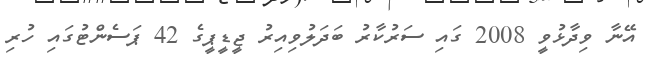
އޭނާ ވިދާޅުވީ 2008 ގައި ސަރުކާރު ބަދަލުވިއިރު ޖީޑީޕީގެ 42 ޕަސެންޓުގައި ހުރި